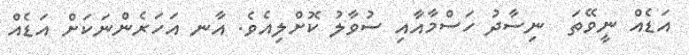
އަޑެއް ނީވޭތަ  ނިސާދު ހަސްމާއާއި ސުވާލު ކޮށްލިއެވެ. އާނ އަހަރެންނަކަށް އަޑެއް